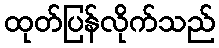
ထုတ်ပြန်လိုက်သည်